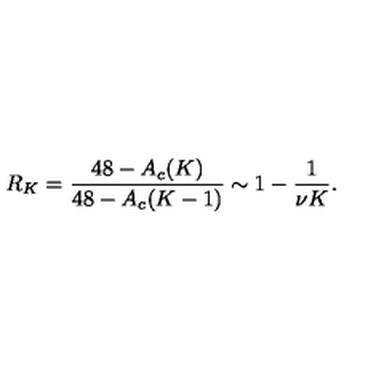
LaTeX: R _ { K } = \frac { 4 8 - A _ { c } ( K ) } { 4 8 - A _ { c } ( K - 1 ) } \sim 1 - \frac { 1 } { \nu K } .